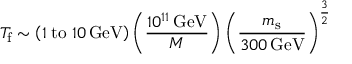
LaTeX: T _ { \mathrm { f } } \sim \left( 1 \; \mathrm { t o } \; 1 0 \, \mathrm { G e V } \right) \left( \frac { 1 0 ^ { 1 1 } \, \mathrm { G e V } } { M } \right) \left( \frac { m _ { \mathrm { s } } } { 3 0 0 \, \mathrm { G e V } } \right) ^ { \frac { 3 } { 2 } }